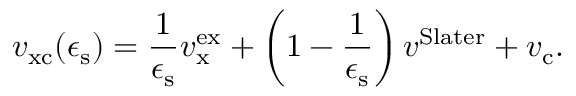
v _ { \mathrm { x c } } ( \epsilon _ { \mathrm { s } } ) = \frac { 1 } { \epsilon _ { \mathrm { s } } } v _ { \mathrm { x } } ^ { \mathrm { e x } } + \left( 1 - \frac { 1 } { \epsilon _ { \mathrm { s } } } \right) v ^ { \mathrm { S l a t e r } } + v _ { \mathrm { c } } .